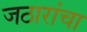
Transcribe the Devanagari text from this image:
जठारांचा